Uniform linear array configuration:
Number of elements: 32
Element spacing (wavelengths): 0.5
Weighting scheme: hamming
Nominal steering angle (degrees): -60
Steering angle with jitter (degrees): -61.651
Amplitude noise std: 0.05
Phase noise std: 0.05

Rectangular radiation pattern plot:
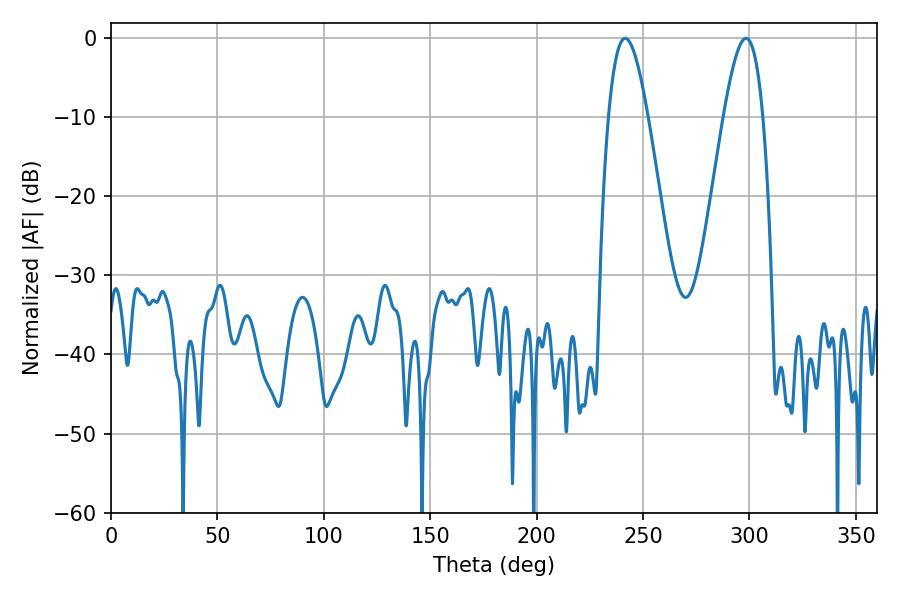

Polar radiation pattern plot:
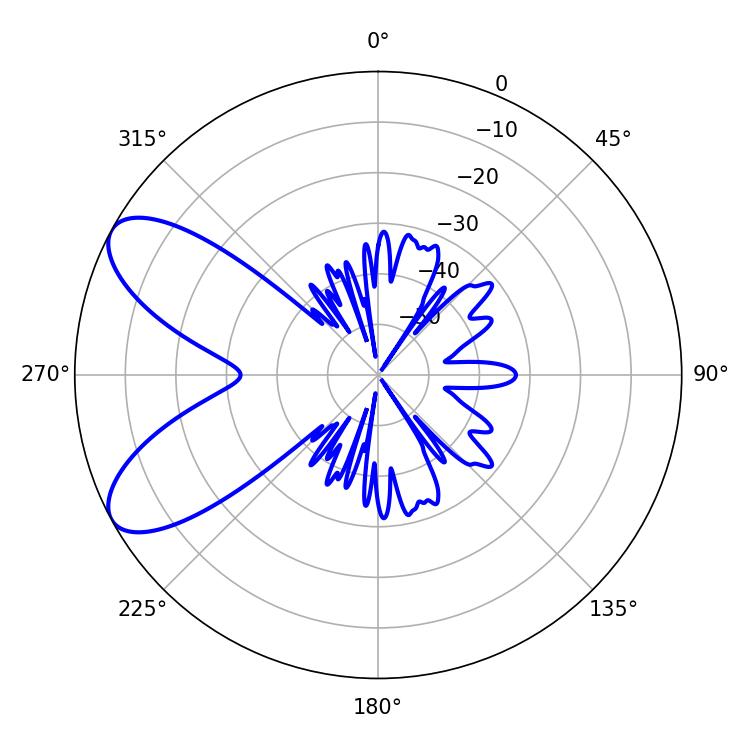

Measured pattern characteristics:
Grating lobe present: FALSE
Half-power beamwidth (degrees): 9.9
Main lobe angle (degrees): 241.56